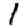
Digit: 1